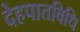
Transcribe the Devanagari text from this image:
देहपातविधि